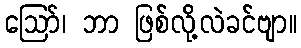
ဪ၊ ဘာ ဖြစ်လို့လဲခင်ဗျာ။